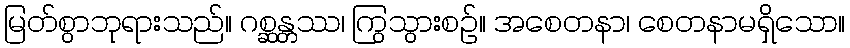
မြတ်စွာဘုရားသည်။ ဂစ္ဆန္တဿ၊ ကြွသွားစဉ်။ အစေတနာ၊ စေတနာမရှိသော။